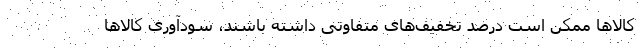
کالاها ممکن است درصد تخفیف­های متفاوتی داشته باشند، سودآوری کالاها